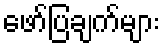
ဖော်ပြချက်များ